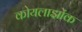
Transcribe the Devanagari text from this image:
कोयलाझोंक